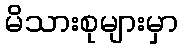
မိသားစုများမှာ